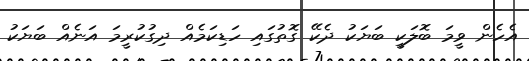
އެހެން ވީމަ ބޮލަކީ ބަޔަކު ދެކޭ ގޮތުގައި ހަޑިކަމެއް ދިގުކުރީމަ އަނެއް ބަޔަކު